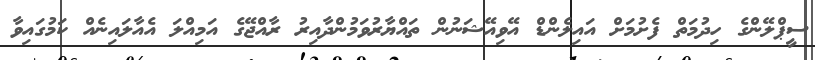
ސީޕްލޭންގެ ހިދުމަތް ފެށުމަށް އައިލެންޑް އޭވިއޭޝަނުން ތައްޔާރުވަމުންދާއިރު ރާއްޖޭގެ އަމިއްލަ އެއާލައިނެއް ކަމުގައިވާ